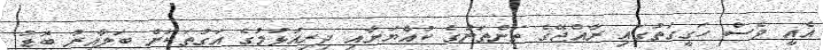
އެއީ ވެސް ހަގީގަތުގައި ރާއްޖޭގެ ތަންތަނުގެ ކުއްޔަށާއި ދިރިއުޅުމުގެ އަގުތަކަށް ބަލާއިރު ބޮޑު